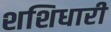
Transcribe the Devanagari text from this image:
शशिधारी